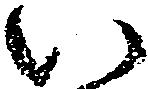
い